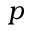
p